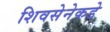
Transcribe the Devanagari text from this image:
शिवसेनेकडे